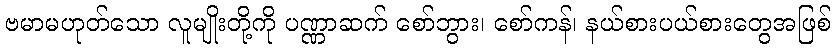
ဗမာမဟုတ်သော လူမျိုးတို့ကို ပဏ္ဏာဆက် စော်ဘွား၊ စော်ကန်၊ နယ်စားပယ်စားတွေအဖြစ်